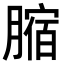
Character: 𦟱